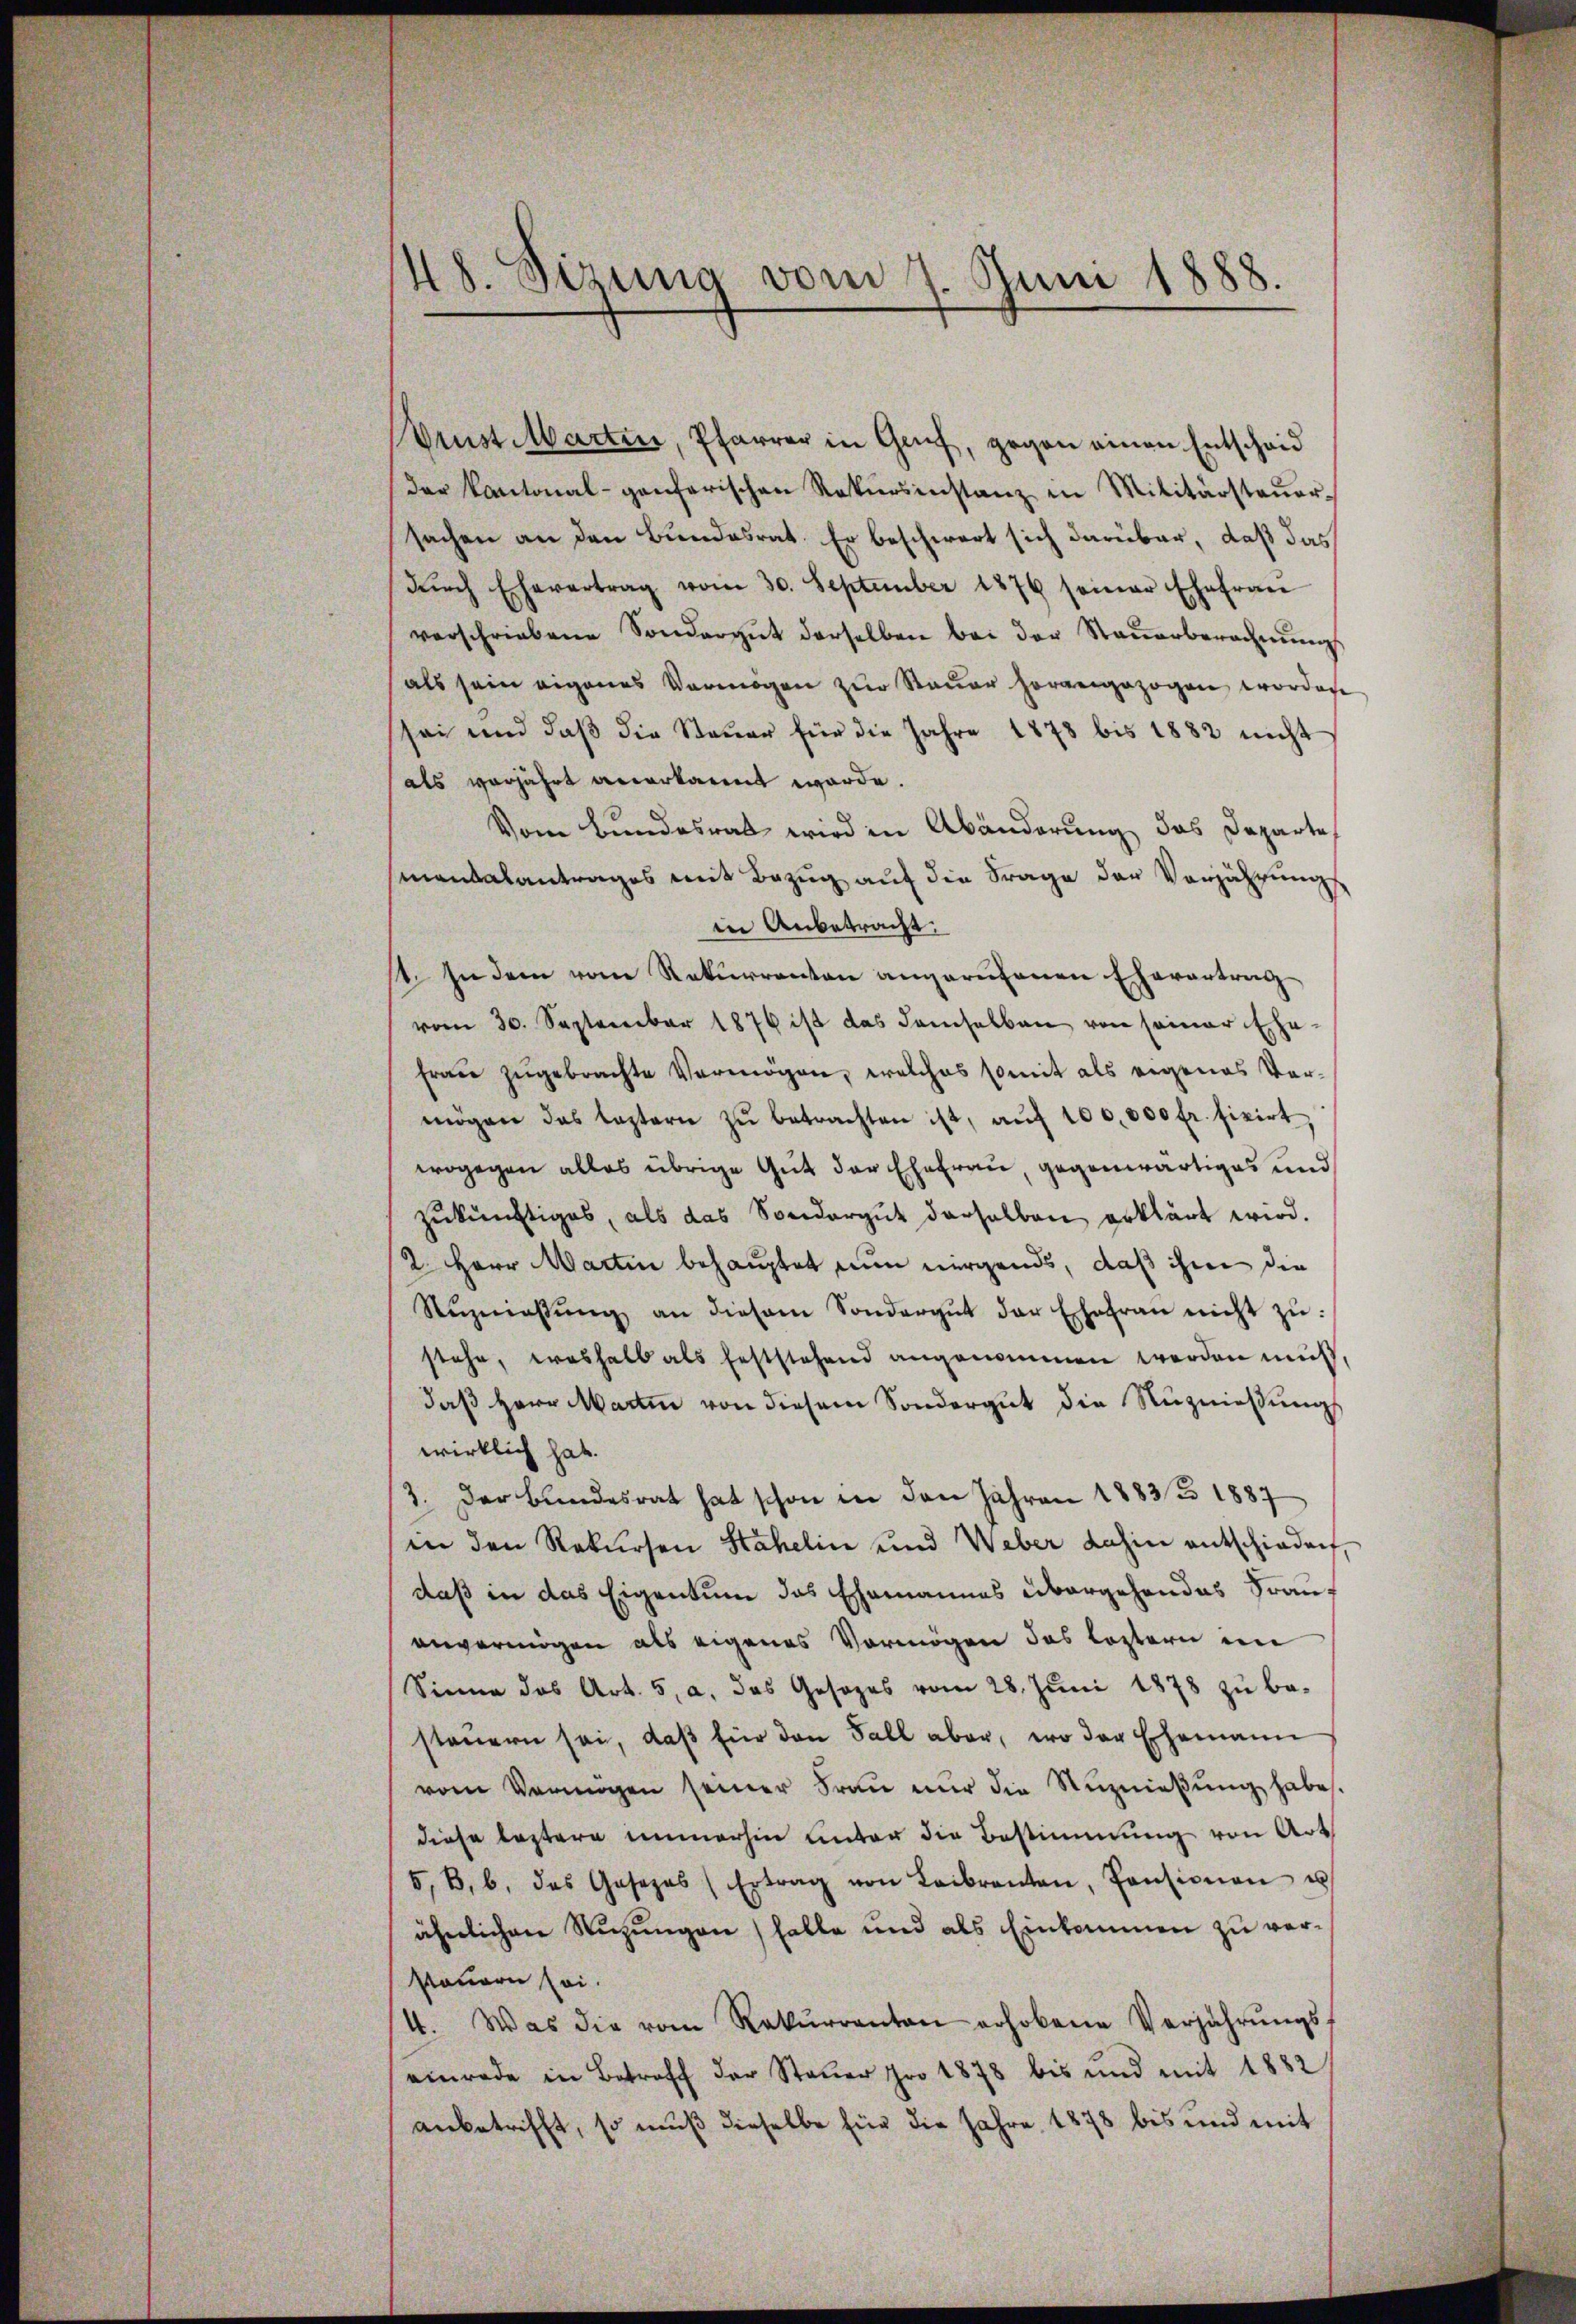
48. Sizung vom 7. Juni 1888.

rust Martin, Pfarrer in Gruf, gegen einen Entscheid
der Kantonal-genferischen Rekursinstanz in Militärsteŭer-
sachen an den Bundesrat. Er beschwert sich darüber, daß das
dŭrch Ehevertrag vom 30. September 1876 seiner Ehefraŭ
verschriebene Sondergut derselben bei der Steŭerberechnŭng
als sein eigenes Vermögen zur Steuer horangezogen worden
sei und daß die Steuer für die Jahre 1878 bis 1882 nicht
als vorjährt anerkannt werde.
Vom Bundesrat wird in Abänderung das Departe
mantalantrages mit Bezug auf die Frage der Vorjährung
in Anbetracht:
st. In dem vom Rekurrenten angerufenen Ehevertrag
vom 30. September 1876 ist das Samselben von seiner Ehe-
frau zugebrachte Vermögen, welches somit als eigenes Vermögen das leztern zŭ betrachten ist, aŭf 100,000 fr. fixirt,
wogegen alles übrige Gut der Ehefrau, gegenwärtiges und
zukünftiges, als das Sondergut derselben erklärt wird.
2 Herr Martin behauptet nun nirgends, daß ihm die
Rŭzniassŭng an diesem Sondergut der Ehefraŭ nicht zŭ:
stehe, weshalb als feststehend angenommen werden muß,
daß Herr Martin von diesem Sondergut die Nuzniessungs
wirklich hat.
3. Der Bundesrat hat schon in den Jahren 1883/3 1887
in den Rekursen Stähelin und Weber dahin entschieden,
daß in das Eigentum das Ehemannes übergehendes Frauf
anvermögen als eigenes Vermögen das leztern im
Sinne des Art. 5, a. das Gesezes vom 28. Juni 1873 zu be-
steuern sei, daβ für den Fall aber, wo der Ehemann
vom Vermögen seiner Fraŭ nŭr die Nŭznieβŭng habe.
diese leztere immerhin unter die Bestimmung von Art
5, B. b. das Gesezes Ertrag von Leibraten, Pensionen u
ähelichen Nuzŭngen, falle und als Einkommen zu versteuern sei.
4. Was die vom Rekŭrrenten erhobene Verjahrŭngs-
einrade in Betreff der Steŭer pro 1878 bis und mit 1882
anbetrifft, so muß dieselbe für die Jahre 1878 bis und mit